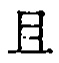
\text{且}